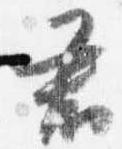
君